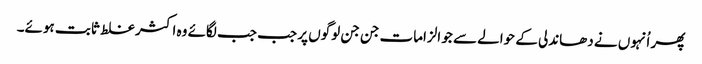
پھر اُنہوں نے دھاندلی کے حوالے سے جو الزامات جن جن لوگوں پر جب جب لگائے وہ اکثر غلط ثابت ہوئے۔